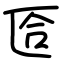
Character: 匼